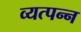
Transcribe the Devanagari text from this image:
व्‍यत्‍पन्‍न